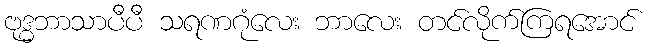
ဗုဒ္ဓဘာသာပီပီ သရဏဂုံလေး ဘာလေး တင်လိုက်ကြရအောင်